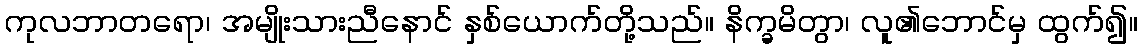
ကုလဘာတရော၊ အမျိုးသားညီနောင် နှစ်ယောက်တို့သည်။ နိက္ခမိတွာ၊ လူ၏ဘောင်မှ ထွက်၍။